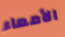
الأمعاء